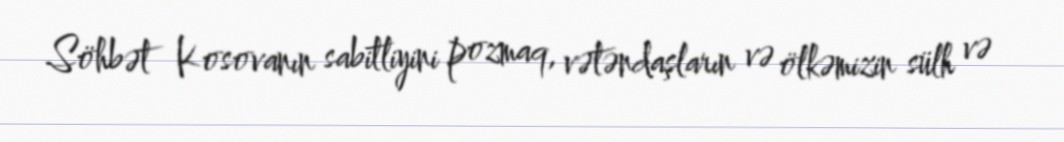
Söhbət Kosovanın sabitliyini pozmaq, vətəndaşların və ölkəmizin sülh və